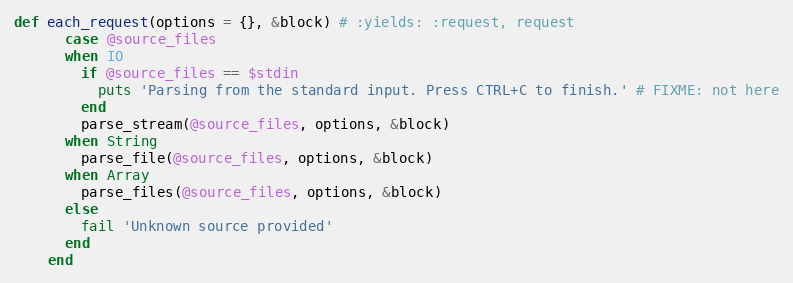
Language: Ruby
def each_request(options = {}, &block) # :yields: :request, request
      case @source_files
      when IO
        if @source_files == $stdin
          puts 'Parsing from the standard input. Press CTRL+C to finish.' # FIXME: not here
        end
        parse_stream(@source_files, options, &block)
      when String
        parse_file(@source_files, options, &block)
      when Array
        parse_files(@source_files, options, &block)
      else
        fail 'Unknown source provided'
      end
    end